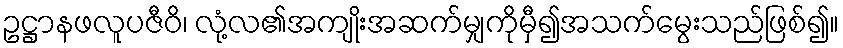
ဥဋ္ဌာနဖလူပဇီဝိ၊ လုံ့လ၏အကျိုးအဆက်မျှကိုမှီ၍အသက်မွေးသည်ဖြစ်၍။